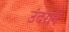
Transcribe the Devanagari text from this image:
उंदराने